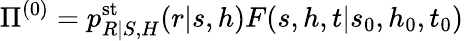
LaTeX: \Pi^{(0)}=p_{R|S,H}^{\mathrm{st}}(r|s,h)F(s,h,t|s_{0},h_{0},t_{0})